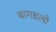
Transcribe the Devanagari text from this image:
बागडलो